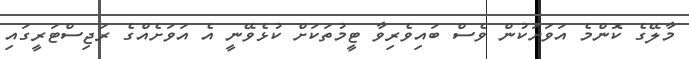
މާލޭގެ ކޮންމެ އަވަށަކުން ވެސް ބައިވެރިވާ ޓީމުތަކަށް ކުޅެވޭނީ އެ އަވަށެއްގެ ރަޖިސްޓަރީގައި